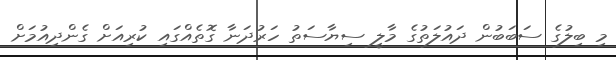
މި ބިލުގެ ސަބަބުން ދައުލަތުގެ މާލީ ސިޔާސަތު ހަރުދަނާ ގޮތެއްގައި ކުރިއަށް ގެންދިއުމަށް